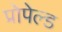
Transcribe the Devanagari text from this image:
प्रोपेल्ड